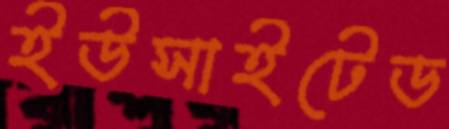
ইউসাইটেড